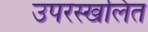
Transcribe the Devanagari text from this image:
उपरस्खलित